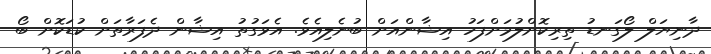
ދާނިޔަލް ލޯގަނޑު ތިރިކޮށްލުމަށްފަހު އިޝާންއަށް ބުނެލިއެވެ. އެވަގުތު އިޝާން ދެފަރާތަށް ކުޑަކޮށް ބޯ